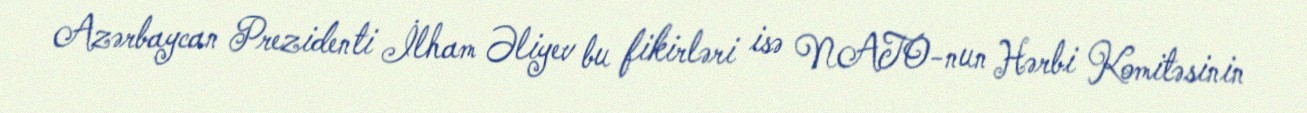
Azərbaycan Prezidenti İlham Əliyev bu fikirləri isə NATO-nun Hərbi Komitəsinin